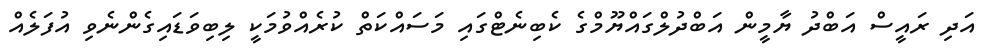
އަދި ރައީސް އަބްދު ޔާމީން އަބްދުލްގައްޔޫމްގެ ކެބިނެޓްގައި މަސައްކަތް ކުރެއްވުމަކީ ލިބިވަޑައިގެންނެވި އުފަލެއް